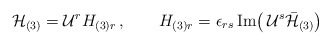
\begin{align*}{\cal H}_{(3)}={\cal U}^r H_{(3)r}\,,\qquad H_{(3)r}=\epsilon_{rs}\,\mathrm{Im}\big(\,{\cal U}^s\bar{{\cal H}}_{(3)}\big)\end{align*}